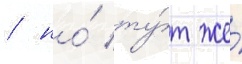
/ но́ ту́т же́